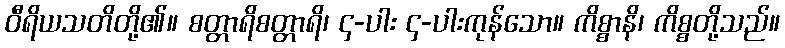
ဝီရိယသတိတို့၏။ စတ္တာရိစတ္တာရိ၊ ၄-ပါး ၄-ပါးကုန်သော။ ကိစ္စာနိ၊ ကိစ္စတို့သည်။